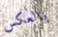
بالعكس